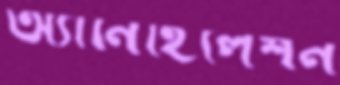
অ্যানিহিলেশন